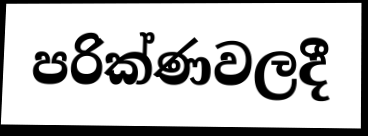
පරික්ණවලදී